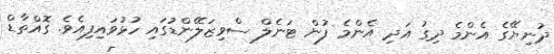
ދުނިޔޭގެ އެންމެ ދިގު އަދި އެންމެ ފުން ޓަނެލް ސްވިޒަލޭންޑުގައި ހުޅުވައިފިއެވެ. ގޮއްތާޑް